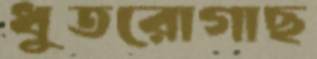
ধুতরোগাছ